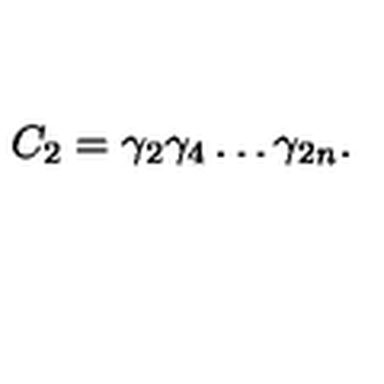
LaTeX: C _ { 2 } = \gamma _ { 2 } \gamma _ { 4 } \ldots \gamma _ { 2 n } .